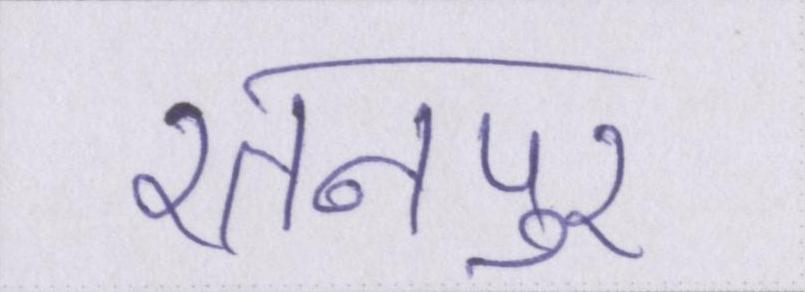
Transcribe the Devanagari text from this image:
रतनपुर